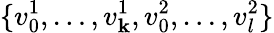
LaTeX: \{ v_{0}^{1},\ldots,v_{\mathbf{k}}^{1},v_{0}^{2},\ldots,v_{l}^{2}\}